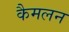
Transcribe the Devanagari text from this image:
कैमलन